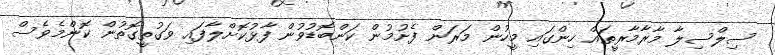
ސިލްސިލާ މާރާމާރީތައް ހިންގައި މީހުން މަރަން ފެށުމުން ކަންބޮޑުވުން ފާޅުކޮށްލާފައި ވަގުތީގޮތުން ކޮންމެވެސް